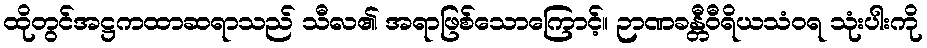
ထိုတွင်အဋ္ဌကထာဆရာသည် သီလ၏ အရာဖြစ်သောကြောင့်။ ဉာဏခန္တီဝီရိယသံဝရ သုံးပါးကို